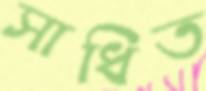
সাধিত